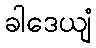
ခါဒေယျံ